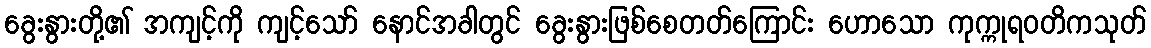
ခွေးနွားတို့၏ အကျင့်ကို ကျင့်သော် နောင်အခါတွင် ခွေးနွားဖြစ်စေတတ်ကြောင်း ဟောသော ကုက္ကုရဝတိကသုတ်